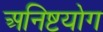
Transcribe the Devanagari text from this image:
अनिष्टयोग